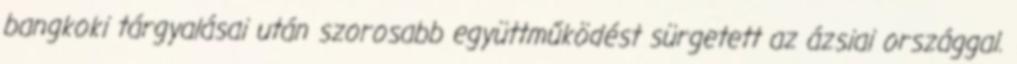
bangkoki tárgyalásai után szorosabb együttműködést sürgetett az ázsiai országgal.